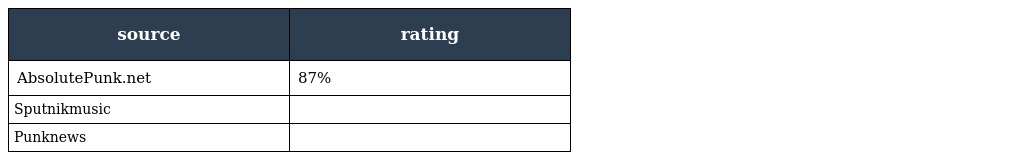
| source | rating |
 | --- | --- |
 | AbsolutePunk.net | 87% |
 | Sputnikmusic |  |
 | Punknews |  |